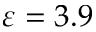
\varepsilon = 3 . 9